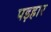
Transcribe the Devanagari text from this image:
पड़हार